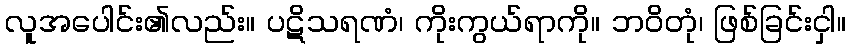
လူအပေါင်း၏လည်း။ ပဋိသရဏံ၊ ကိုးကွယ်ရာကို။ ဘဝိတုံ၊ ဖြစ်ခြင်းငှါ။